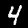
Label: 4